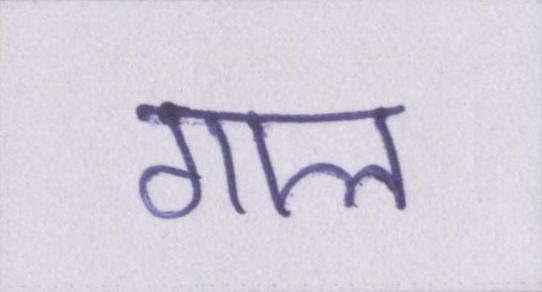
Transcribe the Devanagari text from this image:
गाल